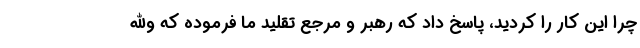
چرا این کار را کردید، پاسخ داد که رهبر و مرجع تقلید ما فرموده که والله